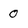
Character: 0